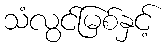
သံလွင်မြစ်နှင့်